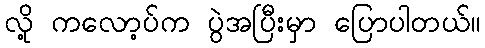
လို့ ကလော့ပ်က ပွဲအပြီးမှာ ပြောပါတယ်။